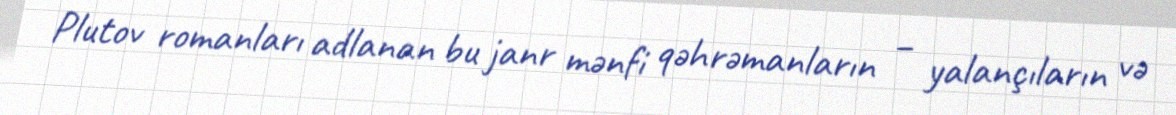
Plutov romanları adlanan bu janr mənfi qəhrəmanların – yalançıların və